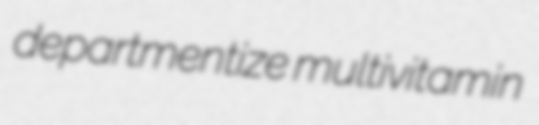
departmentize multivitamin